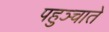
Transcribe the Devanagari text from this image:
पहुञ्चाते